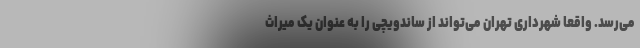
می‌رسد. واقعا شهرداری تهران می‌تواند از ساندویچی را به عنوان یک میراث